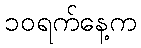
၁၀ရက်နေ့က